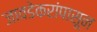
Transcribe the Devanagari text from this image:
जावडेकरांपासून